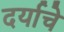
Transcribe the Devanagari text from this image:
दर्याचे